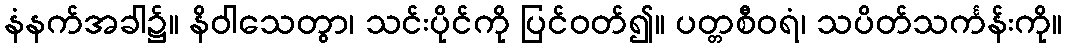
နံနက်အခါ၌။ နိဝါသေတွာ၊ သင်းပိုင်ကို ပြင်ဝတ်၍။ ပတ္တစီဝရံ၊ သပိတ်သင်္ကန်းကို။